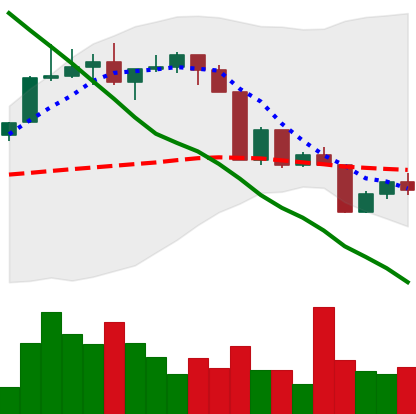
Ticker: XLM-USD
Chart end date: 2022-04-14
Forward return: 5.237%
Label: up_5_7